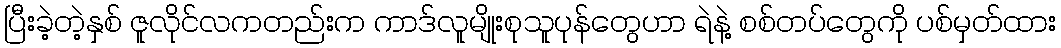
ပြီးခဲ့တဲ့နှစ် ဇူလိုင်လကတည်းက ကာဒ်လူမျိုးစုသူပုန်တွေဟာ ရဲနဲ့ စစ်တပ်တွေကို ပစ်မှတ်ထား